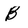
Character: B